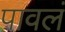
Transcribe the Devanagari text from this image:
पावलं